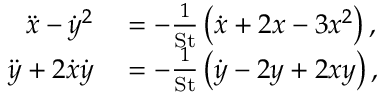
\begin{array} { r l } { \ddot { x } - \dot { y } ^ { 2 } } & { { } = - \frac { 1 } { \mathrm { S t } } \left( \dot { x } + 2 x - 3 x ^ { 2 } \right) , } \\ { \ddot { y } + 2 \dot { x } \dot { y } } & { { } = - \frac { 1 } { \mathrm { S t } } \left( \dot { y } - 2 y + 2 x y \right) , } \end{array}